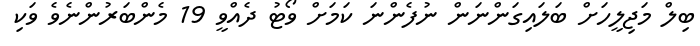
ބިލް މަޖިލީހަށް ބަލައިގަންނަން ނުފެންނަ ކަމަށް ވޯޓު ދެއްވީ 19 މެންބަރުންނެވެ ވަކި